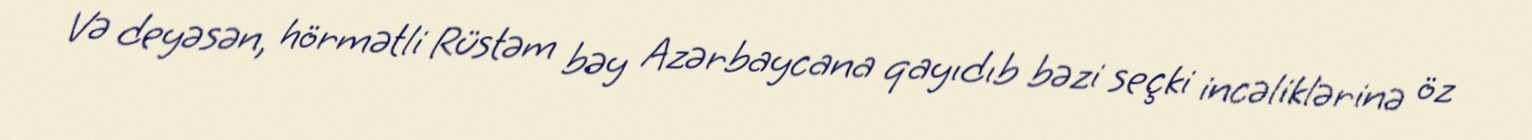
Və deyəsən, hörmətli Rüstəm bəy Azərbaycana qayıdıb bəzi seçki incəliklərinə öz